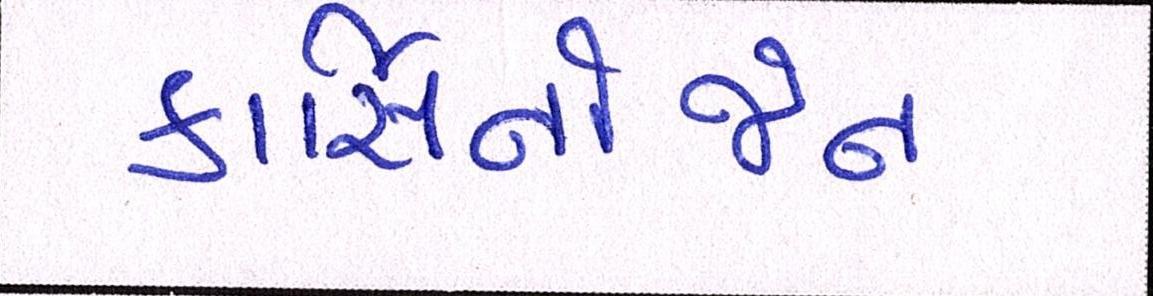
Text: કાર્સિનોજેન